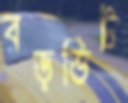
বড়ভিট